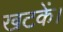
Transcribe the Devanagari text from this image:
खटकें।